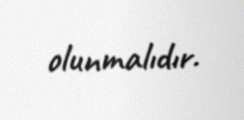
olunmalıdır.